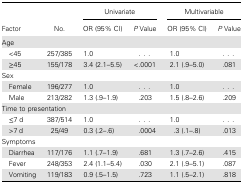
<table><thead><tr><td rowspan="2"><b>Factor</b></td><td rowspan="2"><b>No.</b></td><td colspan="2"><b>Univariate</b></td><td colspan="2"><b>Multivariable</b></td></tr><tr><td><b>OR (95% CI)</b></td><td><b><i>P</i> Value</b></td><td><b>OR (95% CI)</b></td><td><b><i>P</i> Value</b></td></tr></thead><tbody><tr><td colspan="6">Age</td></tr><tr><td> &lt;45</td><td>257/385</td><td>1.0</td><td>...</td><td>1.0</td><td>...</td></tr><tr><td> ≥45</td><td>155/178</td><td>3.4 (2.1–5.5)</td><td>&lt;.0001</td><td>2.1 (.9–5.0)</td><td>.081</td></tr><tr><td colspan="6">Sex</td></tr><tr><td> Female</td><td>196/277</td><td>1.0</td><td>...</td><td>1.0</td><td>...</td></tr><tr><td> Male</td><td>213/282</td><td>1.3 (.9–1.9)</td><td>.203</td><td>1.5 (.8–2.6)</td><td>.209</td></tr><tr><td colspan="6">Time to presentation</td></tr><tr><td> ≤7 d</td><td>387/514</td><td>1.0</td><td>...</td><td>1.0</td><td>...</td></tr><tr><td> &gt;7 d</td><td>25/49</td><td>0.3 (.2–.6)</td><td>.0004</td><td>.3 (.1–.8)</td><td>.013</td></tr><tr><td colspan="6">Symptoms</td></tr><tr><td> Diarrhea</td><td>117/176</td><td>1.1 (.7–1.9)</td><td>.681</td><td>1.3 (.7–2.6)</td><td>.415</td></tr><tr><td> Fever</td><td>248/353</td><td>2.4 (1.1–5.4)</td><td>.030</td><td>2.1 (.9–5.1)</td><td>.087</td></tr><tr><td> Vomiting</td><td>119/183</td><td>0.9 (.5–1.5)</td><td>.723</td><td>1.1 (.5–2.1)</td><td>.818</td></tr></tbody></table>